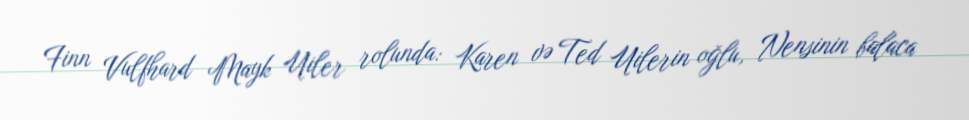
Finn Vulfhard Mayk Uiler rolunda: Karen və Ted Uilerin oğlu, Nensinin balaca